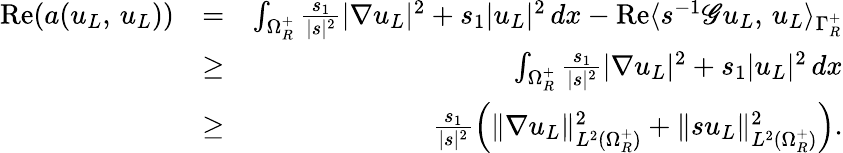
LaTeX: \begin{array}{rlr}{\textnormal{Re}(a(u_{L},\, u_{L}))}&{=}&{\int_{\Omega_{R}^{+}}\frac{s_{1}}{|s|^{2}}|\nabla u_{L}|^{2}+s_{1}|u_{L}|^{2}\, dx-\textnormal{Re}\langle s^{-1}\mathscr{G}u_{L},\, u_{L}\rangle_{\Gamma_{R}^{+}}}\\ &{\geq}&{\int_{\Omega_{R}^{+}}\frac{s_{1}}{|s|^{2}}|\nabla u_{L}|^{2}+s_{1}|u_{L}|^{2}\, dx}\\ &{\geq}&{\frac{s_{1}}{|s|^{2}}\left(\| \nabla u_{L}\| _{L^{2}(\Omega_{R}^{+})}^{2}+\| su_{L}\| _{L^{2}(\Omega_{R}^{+})}^{2}\right).}\end{array}